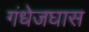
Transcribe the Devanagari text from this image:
गंधेजघास